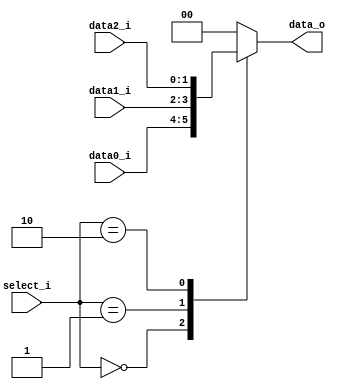
module MUX_3to1(
               data0_i,
               data1_i,
			   data2_i,
               select_i,
               data_o
               );

parameter size = 0;			   
			
//I/O ports               
input   [size-1:0] data0_i;          
input   [size-1:0] data1_i;
input   [size-1:0] data2_i;
input   [2-1:0]    select_i;
output  [size-1:0] data_o; 

//Internal Signals
reg     [size-1:0] data_o;

//Main function
always@(*) begin
	case(select_i)
		2'b00: data_o = data0_i;
		2'b01: data_o = data1_i;
		2'b10: data_o = data2_i;
		default: data_o = 0;
	endcase
	end
endmodule